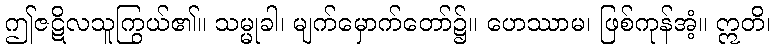
ဤဇဋိလသူကြွယ်၏။ သမ္မုခါ၊ မျက်မှောက်တော်၌။ ဟေဿာမ၊ ဖြစ်ကုန်အံ့။ ဣတိ၊